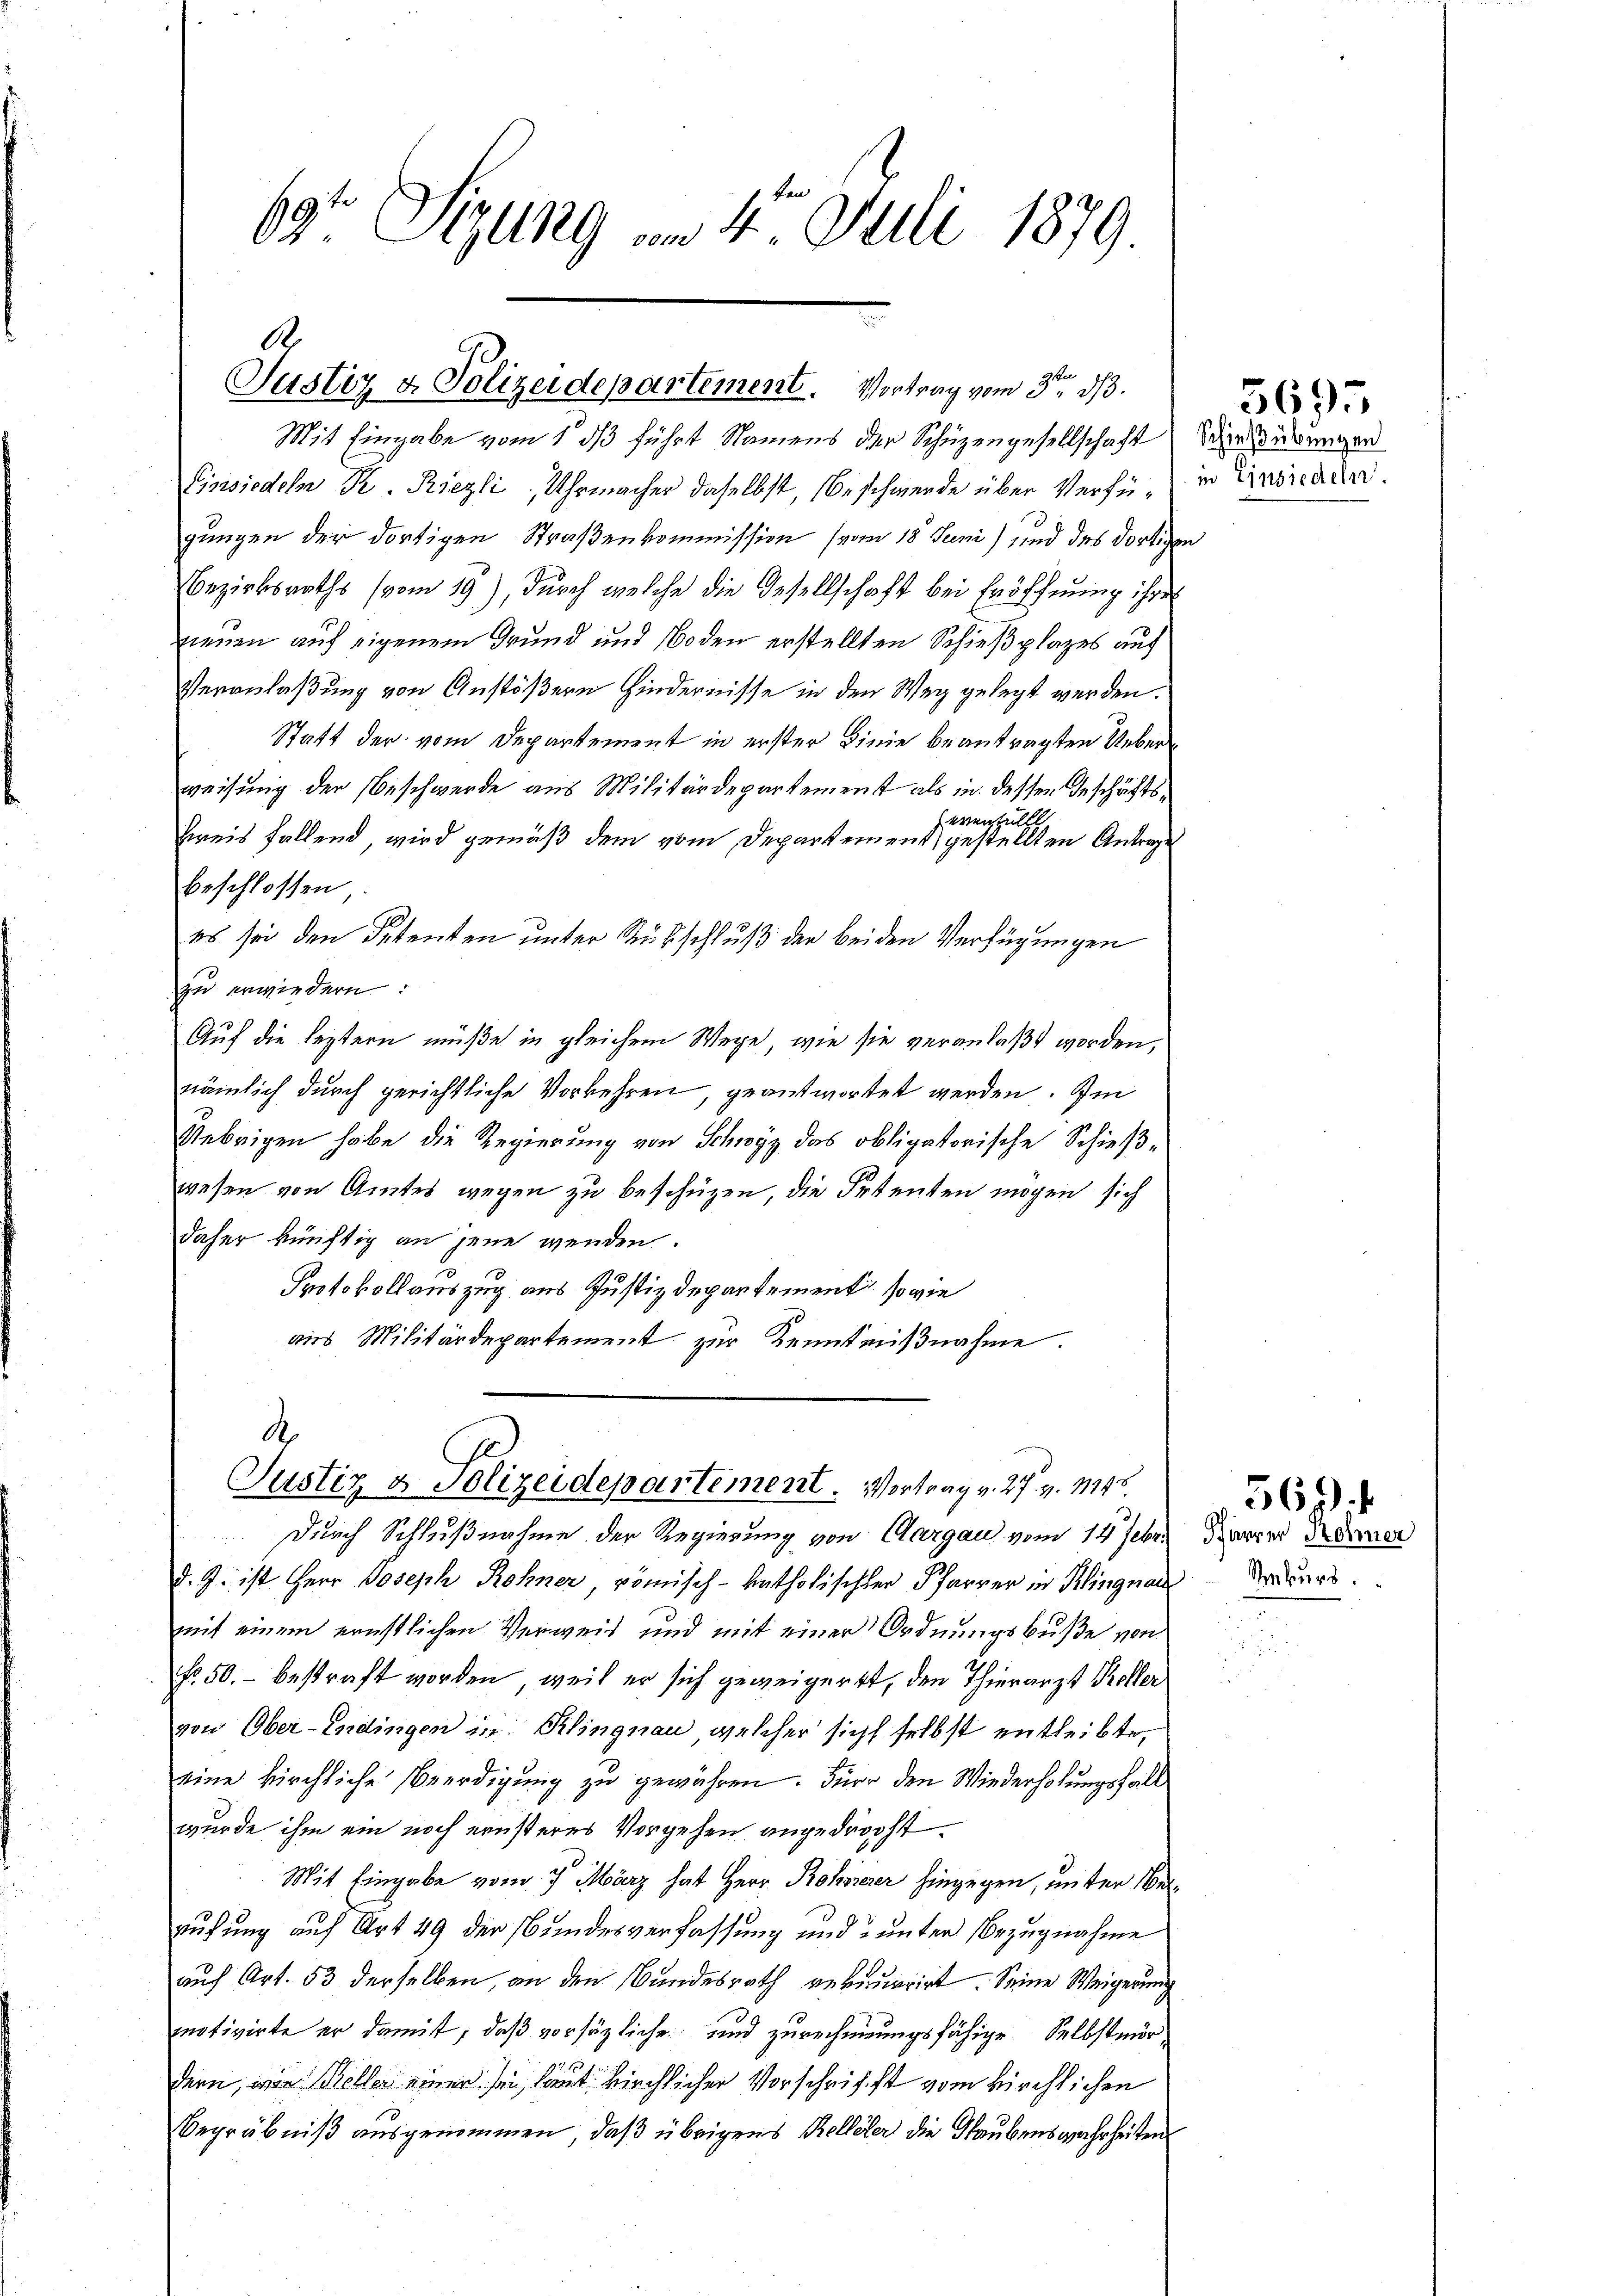
69 Stzung am 4. Juli 1879

A
Justiz & Polizeidepartement. Vortrag vom 3ten d.

gungen der dortigen Straßenkommission (vom 18 Juni) sind des dortigen
Bezirksraths (vom 19), durch welche die Gesellschaft bei Eröffnung ihre
ienen auf eigenem Grund und Boden erstellten Schießplazes auf
Veranlaßung von Anstößern Hindernisse in den Weg gelegt werden.
Statt der vom Departement in erster Linie beantragten Ueberweisung der Beschwerde aus Militärdepartement als in dessen Geschäftseventellt
Zweis fallend, wird gemäß dem vom Departement gestellten Antrage
beschlossen,
es sei den Detenten unter Rückschluß der beiden Verfügungen
zu erwiedern:
Auf die leztern müße in gleichem Wege, wie sie veranlaßt worden,
nämlich durch gerichtliche Vorkehren, geantwortet werden. Im
Uebrigen habe die Regierung von Schwyz das obligatorische Schießwesen von Amtes wegen zu beschützen, die Petenten mögen sich
daher künftig an jene wenden.
Protokollauszug aus Justizdepartement, so wie
aus Militärdepartement zur Kenntnißnahme.

d
Justiz & Polizeidepartement. Vortrag v. 27. v. 1148.

Mit Eingabe vom 1. ds führt Namens der Schüzengesellschaft Verwerungen
Einsiedeln K. Riezli, Uhrmacher daselbst, Beschwerde über Verfür in Einsicadr.

d. J. ist Herr Joseph Rohner, römisch-katholischter Pfarrer in Klingnau
mit einem ernstlichen Verweis und mit einer Ordnungsbuße von
No. 50.- bestraft worden, weil er sich geweigert, den Thierarzt Keller
von Ober-Endingen in Klingnau, welcher sich selbst entleibte,
eine kirchliche Beerdigung zu gewähren. Für den Wiederholungsfall
wurde ihm ein noch ernsteres Vorgehen angedroht
Mit Eingabe vom 7. März hat Herr Rohrerer hingegen, unter Verrufung auf Art 49 der Bundesverfassung und unter Bezugnahme
auf Art. 53 derselben, an den Bundesrath vernerirt. Seine Weigerung
notivirte er damit, daß vorsätzliche und zurechnigungsfähige Selbstmördern, wie Beller einen sei, laut kirchlicher Vorschrift vom kirchlichen
Begräbniß ausgenommen, daß übrigens Kelleter die Glaubenswahrheiten

Durch Schlußnahme der Regierung von Aargau vom 14. Febr.

5697

Pfarrer Renner
Rekurs.

569